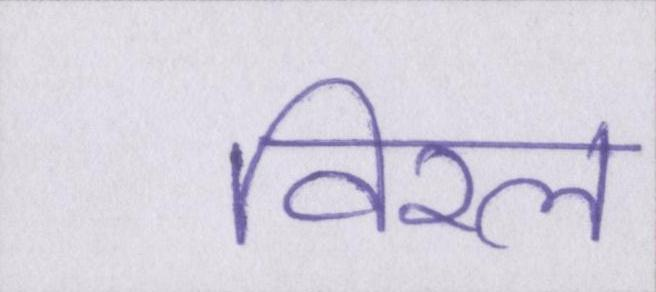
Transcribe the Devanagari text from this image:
विरल